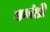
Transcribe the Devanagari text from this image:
कवंठी